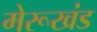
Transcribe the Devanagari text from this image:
मेरूखंड